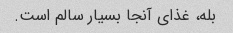
بله، غذای آنجا بسیار سالم است.